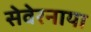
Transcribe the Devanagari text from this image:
सेवेरनाया